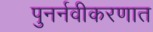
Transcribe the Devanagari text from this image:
पुनर्नवीकरणात